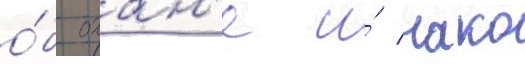
о́б охан'е и́ нако